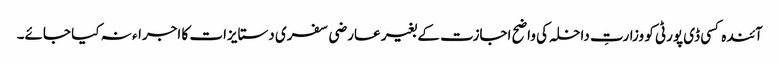
آئندہ کسی ڈی پورٹی کو وزارتِ داخلہ کی واضح اجازت کے بغیر عارضی سفری دستایزات کا اجراء نہ کیا جائے۔